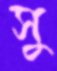
সু